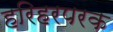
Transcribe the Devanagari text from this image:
हरिहरपरक